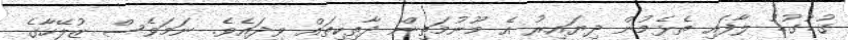
ގުޑުގުޑު ލާފައި ތެޅެމުން ދިޔައިރު އެ މޫނުމަތިން ދާތިކިތައް ވިދައެވެ. ނަމަވެސް ޒުލޭހާގެ